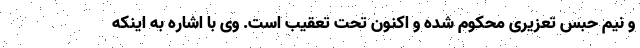
و نیم حبس تعزیری محکوم شده و اکنون تحت تعقیب است. وی با اشاره به اینکه